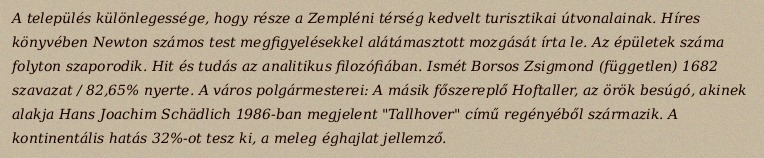
A település különlegessége, hogy része a Zempléni térség kedvelt turisztikai útvonalainak. Híres könyvében Newton számos test megfigyelésekkel alátámasztott mozgását írta le. Az épületek száma folyton szaporodik. Hit és tudás az analitikus filozófiában. Ismét Borsos Zsigmond (független) 1682 szavazat / 82,65% nyerte. A város polgármesterei: A másik főszereplő Hoftaller, az örök besúgó, akinek alakja Hans Joachim Schädlich 1986-ban megjelent "Tallhover" című regényéből származik. A kontinentális hatás 32%-ot tesz ki, a meleg éghajlat jellemző.